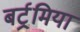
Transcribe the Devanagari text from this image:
बर्ट्रमिया